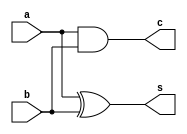
module half_adder( a,b,c,s);

input a,b;
output reg c,s;

//ERROR DETECTED
//s,c already in this scope

// Cannot use gate naming while c,s is specified.
//xor s (a,b);
//and c (a,b);

assign s = a^b;
assign c = a&b;


endmodule